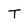
Character: T